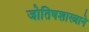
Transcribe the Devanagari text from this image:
जोतिषशास्त्राने